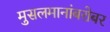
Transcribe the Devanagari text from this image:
मुसलमानांबरोबर